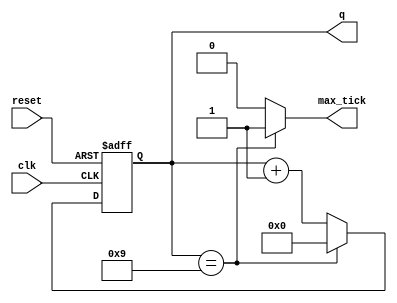
`timescale 1us / 1us
//////////////////////////////////////////////////////////////////////////////////
// Company: 
// Engineer: 
// 
// Design Name: 
// Module Name:    mod_m_counter 
// Project Name: 
// Target Devices: 
// Tool versions: 
// Description: 
//
// Dependencies: 
//
// Revision: 
// Revision 0.01 - File Created
// Additional Comments: 
//
//////////////////////////////////////////////////////////////////////////////////
module mod_m_counter #(parameter N = 4 , M = 10)
(
input wire clk, reset,
output wire max_tick,
output wire [N-1:0] q
);

	reg [N-1:0] r_reg;
	wire [N-1:0] r_next;

	always @ ( posedge clk , posedge reset )
		if(reset)
			r_reg <= 0;
		else
			r_reg <= r_next;

	assign r_next = (r_reg==(M-1)) ? 1'b0 : r_reg + 1'b1;
	assign q = r_reg;
	assign max_tick = (r_reg==(M-1)) ? 1'b1 : 1'b0;
endmodule